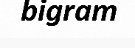
bigram